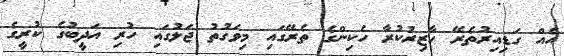
އެއް ގަޑިއިރުތެރޭ ހާޒިރުކުރާ ހެކިންގެ ތެރޭގައި މިވަގުތު ޖަލުގައި ހުރި އަދީބުގެ ކުރީގެ